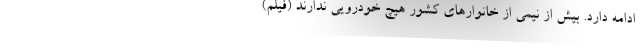
ادامه دارد. بیش از نیمی از خانوارهای کشور هیچ خودرویی ندارند (فیلم)